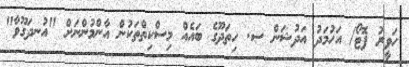
ހަވީރު ފޮޓޯ/ އަހުމަދު އަދުޝަން ސ. ހިތަދޫގެ ބައެއް މިސްކިތްތަކުން އާންމުންނަށް "އުނދަގޫވާ"